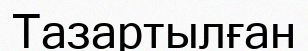
Тазартылған